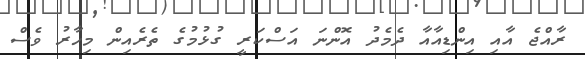
ރާއްޖެ އާއި އިންޑިއާއާ ދެމެދު އޮންނަ އަސްކަރީ ގުޅުމުގެ ތެރެއިން މިހާރު ވެސް